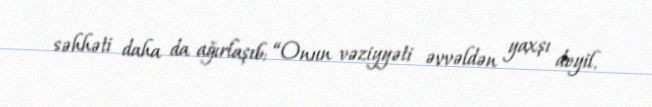
səhhəti daha da ağırlaşıb: “Onun vəziyyəti əvvəldən yaxşı deyil.